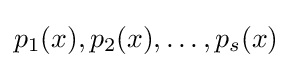
p_{1}(x),p_{2}(x),\ldots ,p_{s}(x)